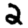
Digit: 2